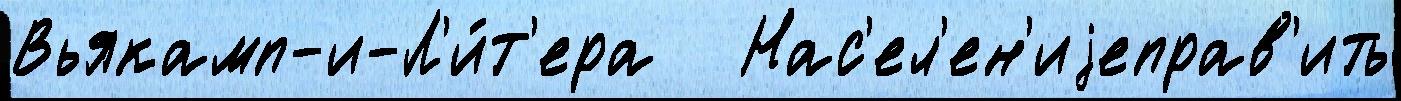
Вьякамп-и-Л'и́т'ера   Нас'ел'ен'иjеправ'ить